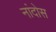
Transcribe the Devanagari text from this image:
नांदोस